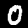
Label: 0